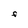
Character: f